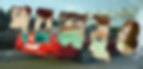
পরমায়ুও